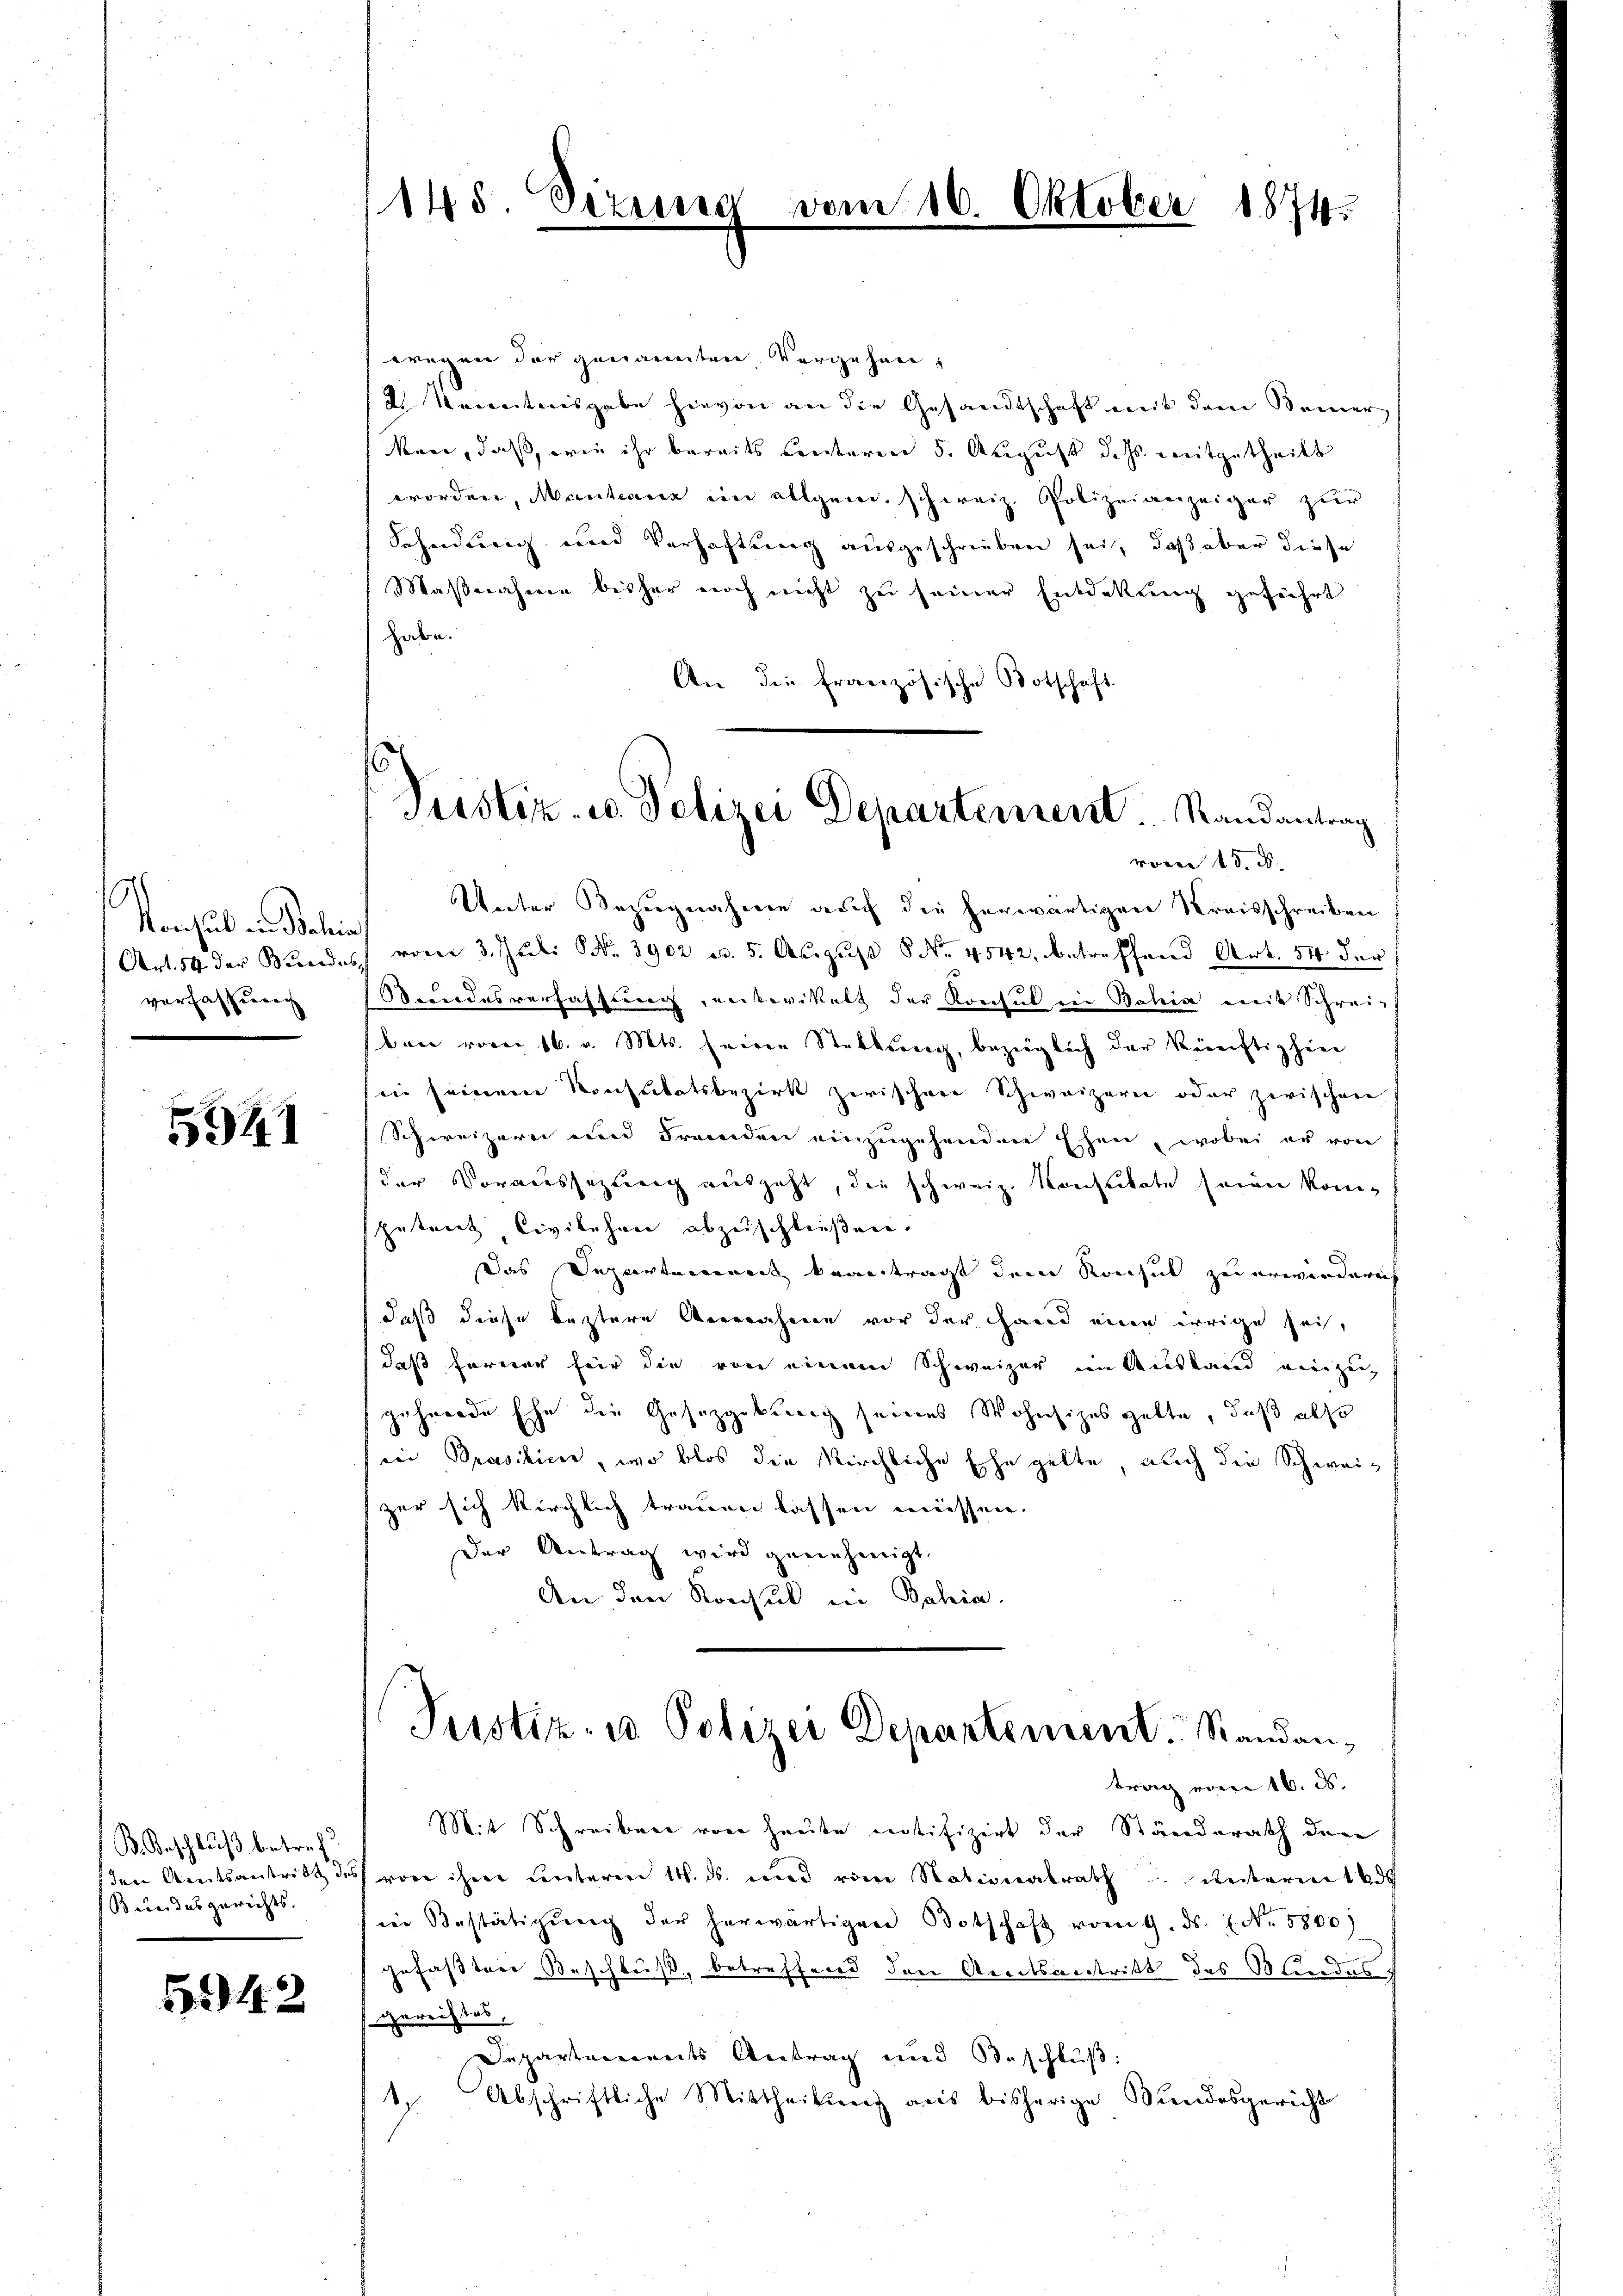
Vonsul in Balin
verfassung

5941

B. Beschlŭβ betref
Beter das gewichts.

5942

145. Sizung vom 16. Oktober 1874.

wegen der genannten Vergehen,
d. Vereitersgabe hievon an die Gesandtschaft mit dem Bemer-
kan, daß, wie ihr bereits Conteren 5. August dass mitgetheilt
worden, Mantanz im allgem. schweiz. Polizeianzeiger zur
Fahndung und Verhaftung ausgeschrieben sei, daß aber diese
Maßnahme bisher noch nicht zu seiner Entdekung geführt
habe.
An die französische Botschaft.
vom 15. ds.
Unter Bezugnahme auch die herwärtigen Kreisschreiben
Art. 54 der Bundes vom 3. Juli NNo. 3902 d. 5. August No. 4542, betreffend Art. 54 der
Mundesverfassung, entwickelt der Konsul in Bahia mit Schreiben vom 16. v. Mts. feiere Stattung, bezüglich der künftighin
in seinem Konsulatsbezirk zwischen Schweizern oder zwischen
Schweizern und Fremden einzugehenden Ehen, wobei er von
der Voraussezung ausgeht, die schweiz. Konsulate seine kom-
putrict Civilehrer abzuschließene.
Das Departement beantragt dem Ronsul zu erwiedere
daß diese leztere Annahmen vor der Hand eine irrige sei,
daß ferner für die von einem Schweizer im Ausland einzeig
gehrende Ehe die Gesetzgebung seines Wohnsizes gelte, daß also
in Prasilien, wo blos die Kirchliche Ehe gelte, auch die Schweizer sich kirchlich trauen lassen müssen.
Der Antrag wird genehmigt.
An den Konsul in Bahia.

Tristiz- u. Polizei Departement. Randantrag

Justiz- u Polizei Departement. Standan¬

trag vom 16. d.
Mit Schreiben von heute intifizirt der Ständerath den
den Amtsantritt des von ihm unteren 14. ds. und vom Notionalrath u ŭnterm 12 ds
in Bestätigung der herwärtigen Botschaft vom 9. ds. 1. No. 5800)
gefaßten Beschluß, betreffend den Areitsvertritt des Mandes
gereichtes.
Departements Antrag und Beschluß:
te Abschriftliche Mittheilung aus bisherige Bundesgericht